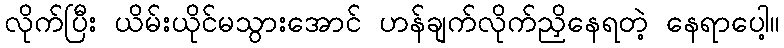
လိုက်ပြီး ယိမ်းယိုင်မသွားအောင် ဟန်ချက်လိုက်ညှိနေရတဲ့ နေရာပေါ့။